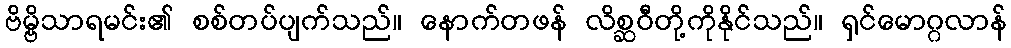
ဗိမ္ဗိသာရမင်း၏ စစ်တပ်ပျက်သည်။ နောက်တဖန် လိစ္ဆဝီတို့ကိုနိုင်သည်။ ရှင်မောဂ္ဂလာန်